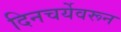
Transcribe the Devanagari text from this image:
दिनचर्येवरून